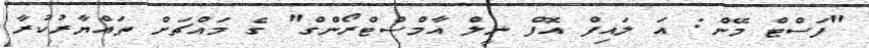
"ފަސްޓް މޭން: އަ ލައިފް އޮފް ނީލް އާމްސްޓްރޯންގް" ގެ މައްޗަށް ތައްޔާރުކުރާ